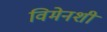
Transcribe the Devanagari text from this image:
विमेनशी